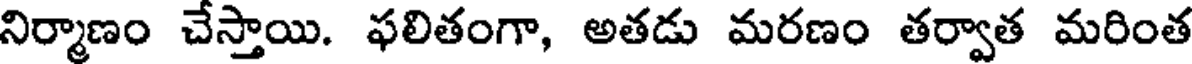
నిర్మాణం చేస్తాయి. ఫలితంగా, అతడు మరణం తర్వాత మరింత